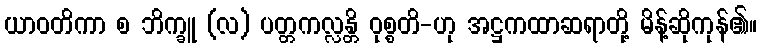
ယာဝတိကာ စ ဘိက္ခူ (လ) ပတ္တကလ္လန္တိ ဝုစ္စတိ-ဟု အဋ္ဌကထာဆရာတို့ မိန့်ဆိုကုန်၏။